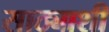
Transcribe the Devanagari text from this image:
साठ्याशी